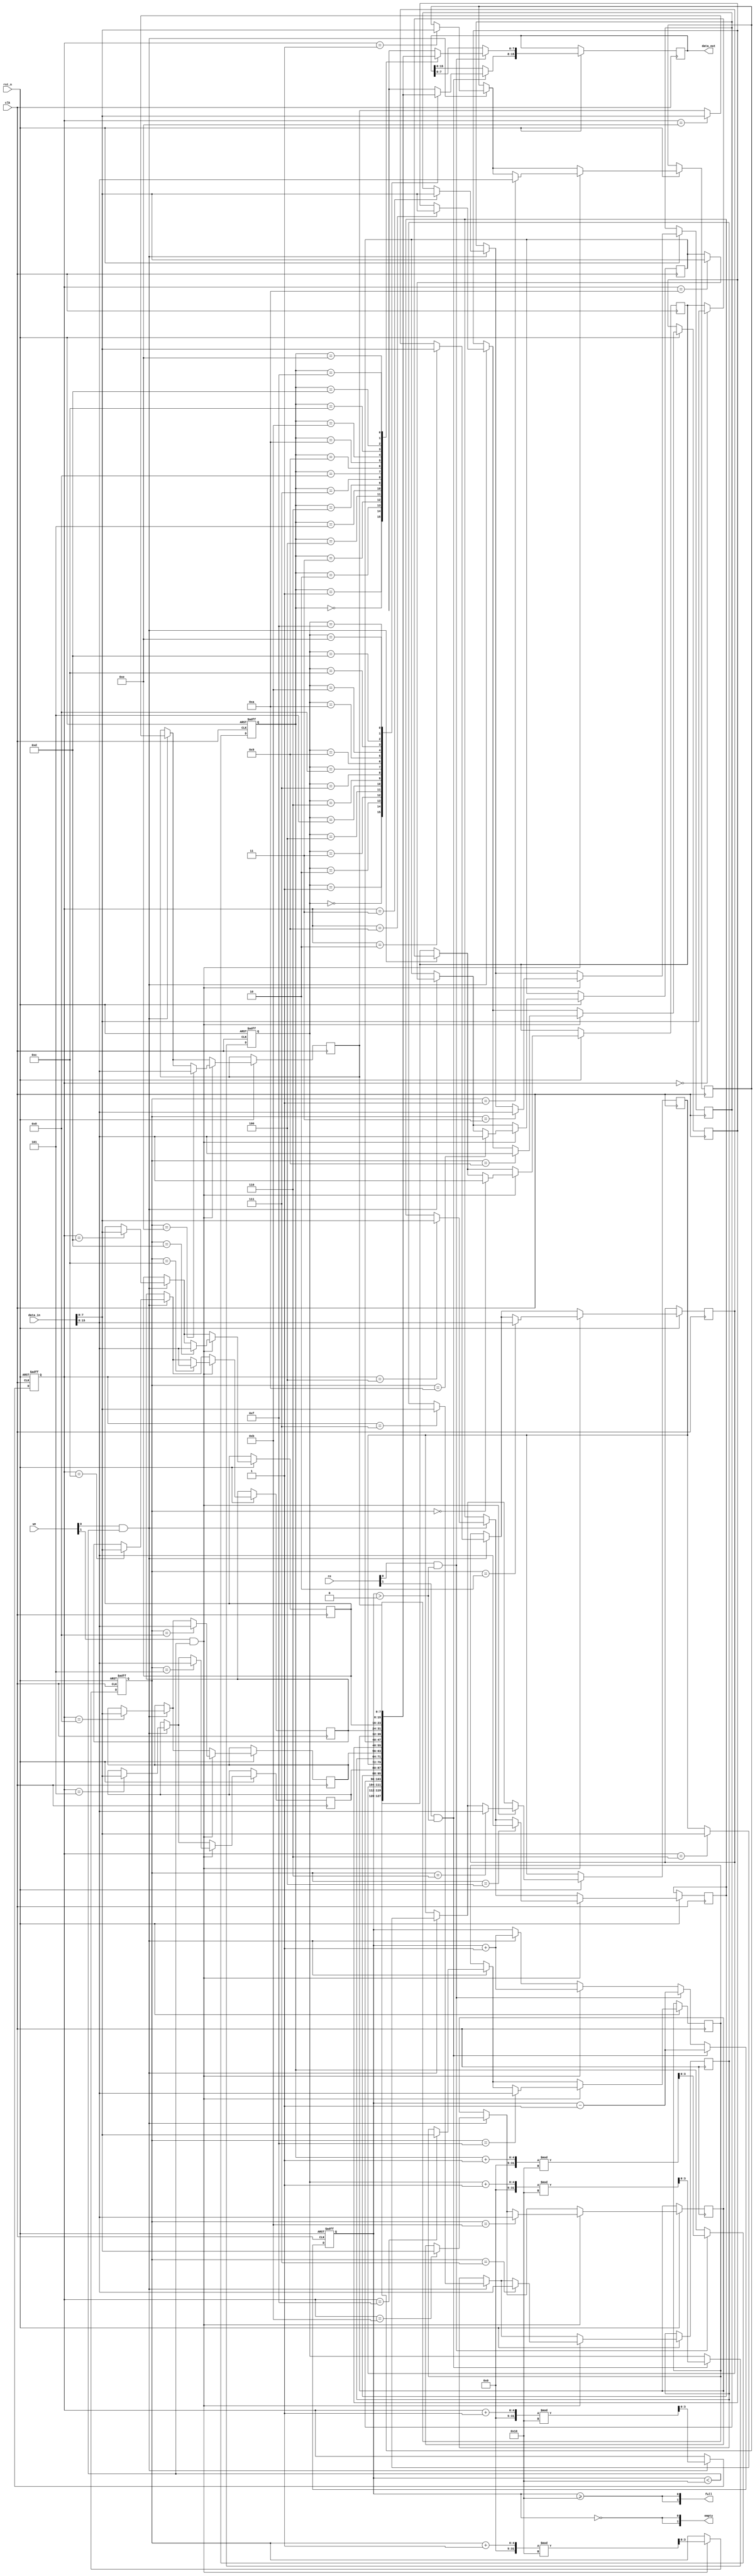
module multiport_fifo #(
    parameter DATA_WIDTH = 8,  // Width of each data entry
    parameter FIFO_DEPTH = 16,  // Depth of the FIFO (number of entries)
    parameter NUM_READ_PORTS = 2,  // Number of read ports
    parameter NUM_WRITE_PORTS = 2  // Number of write ports
)(
    input wire clk,
    input wire rst_n,
    
    // Write Ports
    input wire [NUM_WRITE_PORTS-1:0] we,  // Write enable signals
    input wire [DATA_WIDTH*NUM_WRITE_PORTS-1:0] data_in,  // Data inputs
    output wire [NUM_WRITE_PORTS-1:0] full,  // Full flags

    // Read Ports
    input wire [NUM_READ_PORTS-1:0] re,  // Read enable signals
    output wire [DATA_WIDTH*NUM_READ_PORTS-1:0] data_out,  // Data outputs
    output wire [NUM_READ_PORTS-1:0] empty  // Empty flags
);

    // Internal signals
    reg [DATA_WIDTH-1:0] fifo_mem [0:FIFO_DEPTH-1];  // FIFO memory array
    reg [3:0] read_ptr [0:NUM_READ_PORTS-1];  // Read pointers for each read port
    reg [3:0] write_ptr [0:NUM_WRITE_PORTS-1];  // Write pointers for each write port
    reg [4:0] count;  // Current count of items in FIFO

    // Initialize pointers and count
    integer i;
    always @(posedge clk or negedge rst_n) begin
        if (!rst_n) begin
            count <= 0;
            for (i = 0; i < NUM_READ_PORTS; i = i + 1) begin
                read_ptr[i] <= 0;
            end
            for (i = 0; i < NUM_WRITE_PORTS; i = i + 1) begin
                write_ptr[i] <= 0;
            end
        end else begin
            // Handle write operations
            for (i = 0; i < NUM_WRITE_PORTS; i = i + 1) begin
                if (we[i] && (count < FIFO_DEPTH)) begin
                    fifo_mem[write_ptr[i]] <= data_in[DATA_WIDTH*(i+1)-1:DATA_WIDTH*i];
                    write_ptr[i] <= (write_ptr[i] + 1) % FIFO_DEPTH;
                    count <= count + 1;
                end
            end
            
            // Handle read operations
            for (i = 0; i < NUM_READ_PORTS; i = i + 1) begin
                if (re[i] && (count > 0)) begin
                    data_out[DATA_WIDTH*(i+1)-1:DATA_WIDTH*i] <= fifo_mem[read_ptr[i]];
                    read_ptr[i] <= (read_ptr[i] + 1) % FIFO_DEPTH;
                    count <= count - 1;
                end
            end
        end
    end

    // Full and empty flags
    generate
        genvar j;
        for (j = 0; j < NUM_WRITE_PORTS; j = j + 1) begin : gen_full_flags
            assign full[j] = (count >= FIFO_DEPTH);
        end
        for (j = 0; j < NUM_READ_PORTS; j = j + 1) begin : gen_empty_flags
            assign empty[j] = (count == 0);
        end
    endgenerate

endmodule